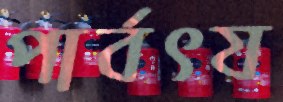
পার্বৎয